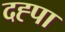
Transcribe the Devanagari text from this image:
दह्पा